Report on the cholera epidemic of
Year: 1868
Disease focus: Cholera
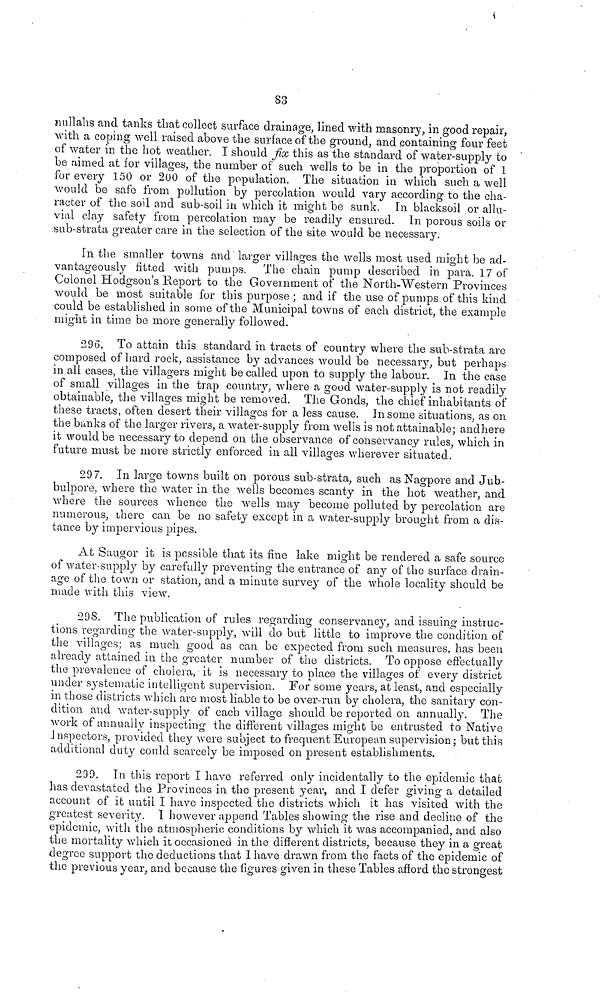
83
nullahs and tanks that collect surface drainage, lined with masonry, in good repair,
with a coping well raised above the surface of the ground, and containing four feet
of water in the hot weather. I should fix this as the standard of water-supply to
be aimed at for villages, the number of such wells to be in the proportion of 1
for every 150 or 200 of the population. The situation in which, such a well
would be safo from pollution by percolation would vary according to the cha-
racter of the soil and sub-soil in which it might be sunk. In blacksoil or allu-
vial clay safety from percolation may be readily ensured. In porous soils or
sub-strata greater care in the selection of the site would be necessary.
Γη the smaller towns and larger villages the wells most used might be ad-
vantageously fitted with pumps. The chain pump described in para. 17 of
Colonel Hodgson's Report to the Government of the North-Western Provinces
would be most suitable for this purpose ; and if the use of pumps of this kind
could be established in some of the Municipal towns of each district, the example
might in time be more generally followed.
296. To attain this standard in tracts of country where the sub-strata are
composed of hard rock, assistance by advances would be necessary, but perhaps
in all cases, the villagers might be called upon to supply the labour. In the case
of small villages in the trap country, where a good water-supply is not readily
obtainable, the villages might be removed. The Gonds, the chief inhabitants of
these tracts, often desert their villages for a less cause. In some situations, as on
the banks of the larger rivers, a water-supply from, wells is not attainable; and here
it would be necessary to depend on the observance of conservancy rules, which in
future must be more strictly enforced in all villages wherever situated.
297. In large towns built on porous sub-strata, such as Nagpore and Jub-
bulpore, where the water in the wells becomes scanty in the hot weather, and
where the sources whence the wells may become polluted by percolation are
numerous, there can be no safety except in a water-supply brought from a dis-
tance by impervious pipes.
At Saugor it is possible that its fine lake might be rendered a safe source
of water-supply by carefully preventing the entrance of any of the surface drain-
age of the town or station, and a minute survey of the whole locality should be
made with this view.
298. The publication of rules regarding conservancy, and issuing instruc-
tions regarding the water-supply, will do but little to improve the condition of
the villages; as much good as can bo expected from such measures, has been
already attained in the greater number of the districts. To oppose effectually
the prevalence of cholera, it is necessary to place the villages of every district
under systematic intelligent supervision. For some years, at least, and especially
in those districts which are most liable to be over-run by cholera, the sanitary con-
dition and water-supply of each village should be reported on annually. The
work of annually inspecting the different villages might be entrusted to Native
Inspectors, provided they were subject to frequent European supervision; but this
additional duty could scarcely be imposed on present establishments.
299. In this report I have referred only incidentally to the epidemic that
has devastated the Provinces in the present year, and I defer giving a detailed
account of it until I have inspected the districts which it has visited with the
greatest severity. I however append Tables showing the rise and decline of the
epidemic, with the atmospheric conditions by which it was accompanied, and also
the mortality which it occasioned in the different districts, because they in a great
degree support the deductions that I have drawn from the facts of the epidemic of
the previous year, and because the figures given in these Tables afford the strongest